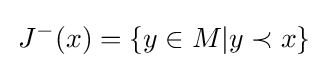
\,J^{-}(x)=\{y\in M|y\prec x\}